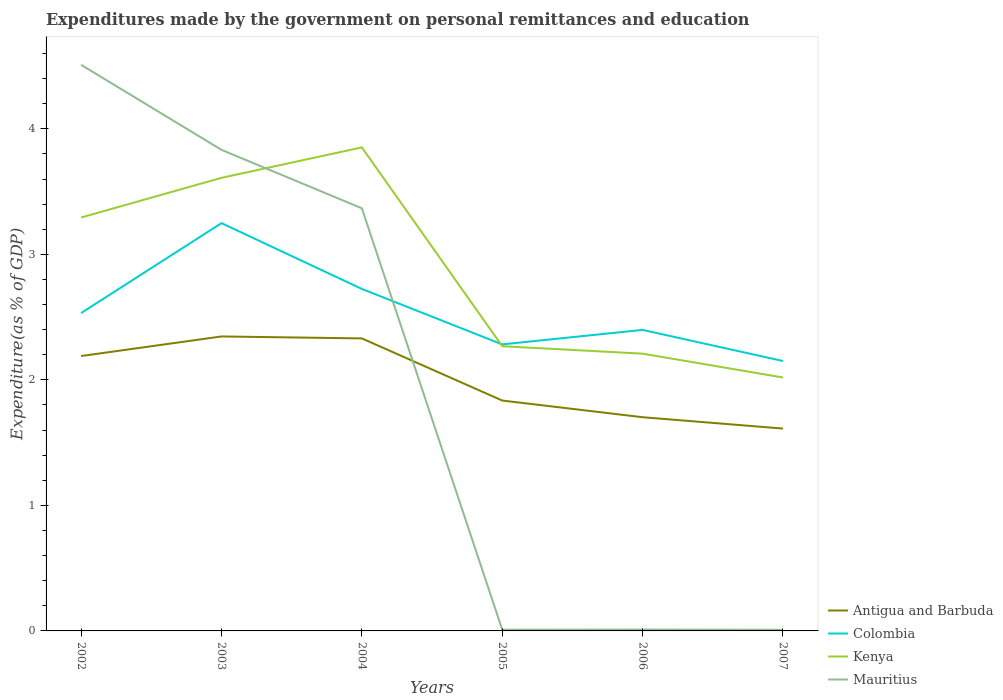
| Years | Antigua and Barbuda | Colombia | Kenya | Mauritius |
 | --- | --- | --- | --- | --- |
 | 2002 | 2.19 | 2.53 | 3.29 | 4.51 |
 | 2003 | 2.35 | 3.25 | 3.61 | 3.83 |
 | 2004 | 2.33 | 2.72 | 3.85 | 3.37 |
 | 2005 | 1.84 | 2.28 | 2.27 | 0.00969 |
 | 2006 | 1.7 | 2.4 | 2.21 | 0.0108 |
 | 2007 | 1.61 | 2.15 | 2.02 | 0.00903 |